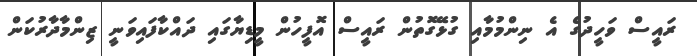
ރައީސް ވަހީދުގެ އެ ނިންމުމާއި ގުޅޭގޮތުން ރައީސް އޮފީހުން މީޑިޔާގައި ދައްކާފައިވަނީ ޒިންމާދާރުކަން